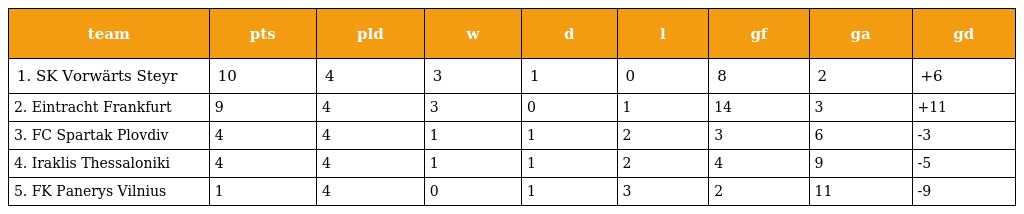
| team | pts | pld | w | d | l | gf | ga | gd |
 | --- | --- | --- | --- | --- | --- | --- | --- | --- |
 | 1. SK Vorwärts Steyr | 10 | 4 | 3 | 1 | 0 | 8 | 2 | +6 |
 | 2. Eintracht Frankfurt | 9 | 4 | 3 | 0 | 1 | 14 | 3 | +11 |
 | 3. FC Spartak Plovdiv | 4 | 4 | 1 | 1 | 2 | 3 | 6 | -3 |
 | 4. Iraklis Thessaloniki | 4 | 4 | 1 | 1 | 2 | 4 | 9 | -5 |
 | 5. FK Panerys Vilnius | 1 | 4 | 0 | 1 | 3 | 2 | 11 | -9 |